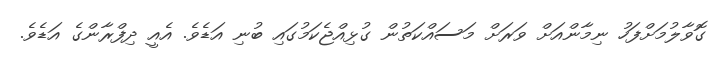
ގޮވާލުމަށްފަހު ނިމާންއަށް ވަރަށް މަސައްކަތުން ގުޅިއްޖެކަމުގައި ބުނި އަޑެވެ. އެއީ ދިފްރާންގެ އަޑެވެ.